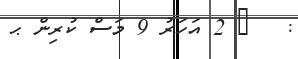
:   ? 2 އަހަރު 9 މަސް ކުރިން ޙ